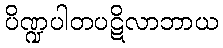
ပိဏ္ဍပါတပဋိလာဘာယ